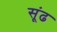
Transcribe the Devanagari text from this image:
सूंढ